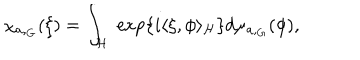
LaTeX: \chi _ { a , _ { G } } ( \xi ) = \int _ { \cal H } \; \exp \left\{ i \langle \xi , \phi \rangle _ { \cal H } \right\} d \mu _ { a , _ { G } } ( \phi ) ,